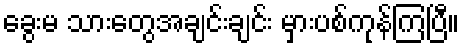
ခွေးမ သားတွေအချင်းချင်း မှားပစ်ကုန်ကြပြီ။